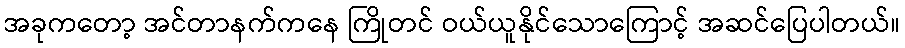
အခုကတော့ အင်တာနက်ကနေ ကြိုတင် ဝယ်ယူနိုင်သောကြောင့် အဆင်ပြေပါတယ်။